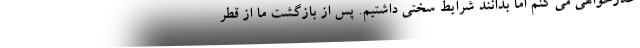
عذرخواهی می کنم اما بدانند شرایط سختی داشتیم. پس از بازگشت ما از قطر